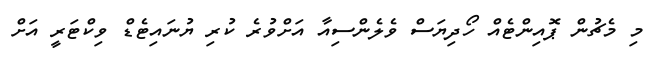
މި މެޗުން ޕޮއިންޓެއް ހޯދިޔަސް ވެލެންސިއާ އަށްވުރެ ކުރި ޔުނައިޓެޑް ވިކްޓަރީ އަށް